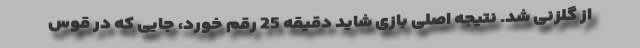
از گلزنی شد. نتیجه اصلی بازی شاید دقیقه 25 رقم خورد، جایی که در قوس